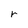
Character: r